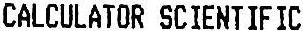
CALCULATOR SCIENTIFIC